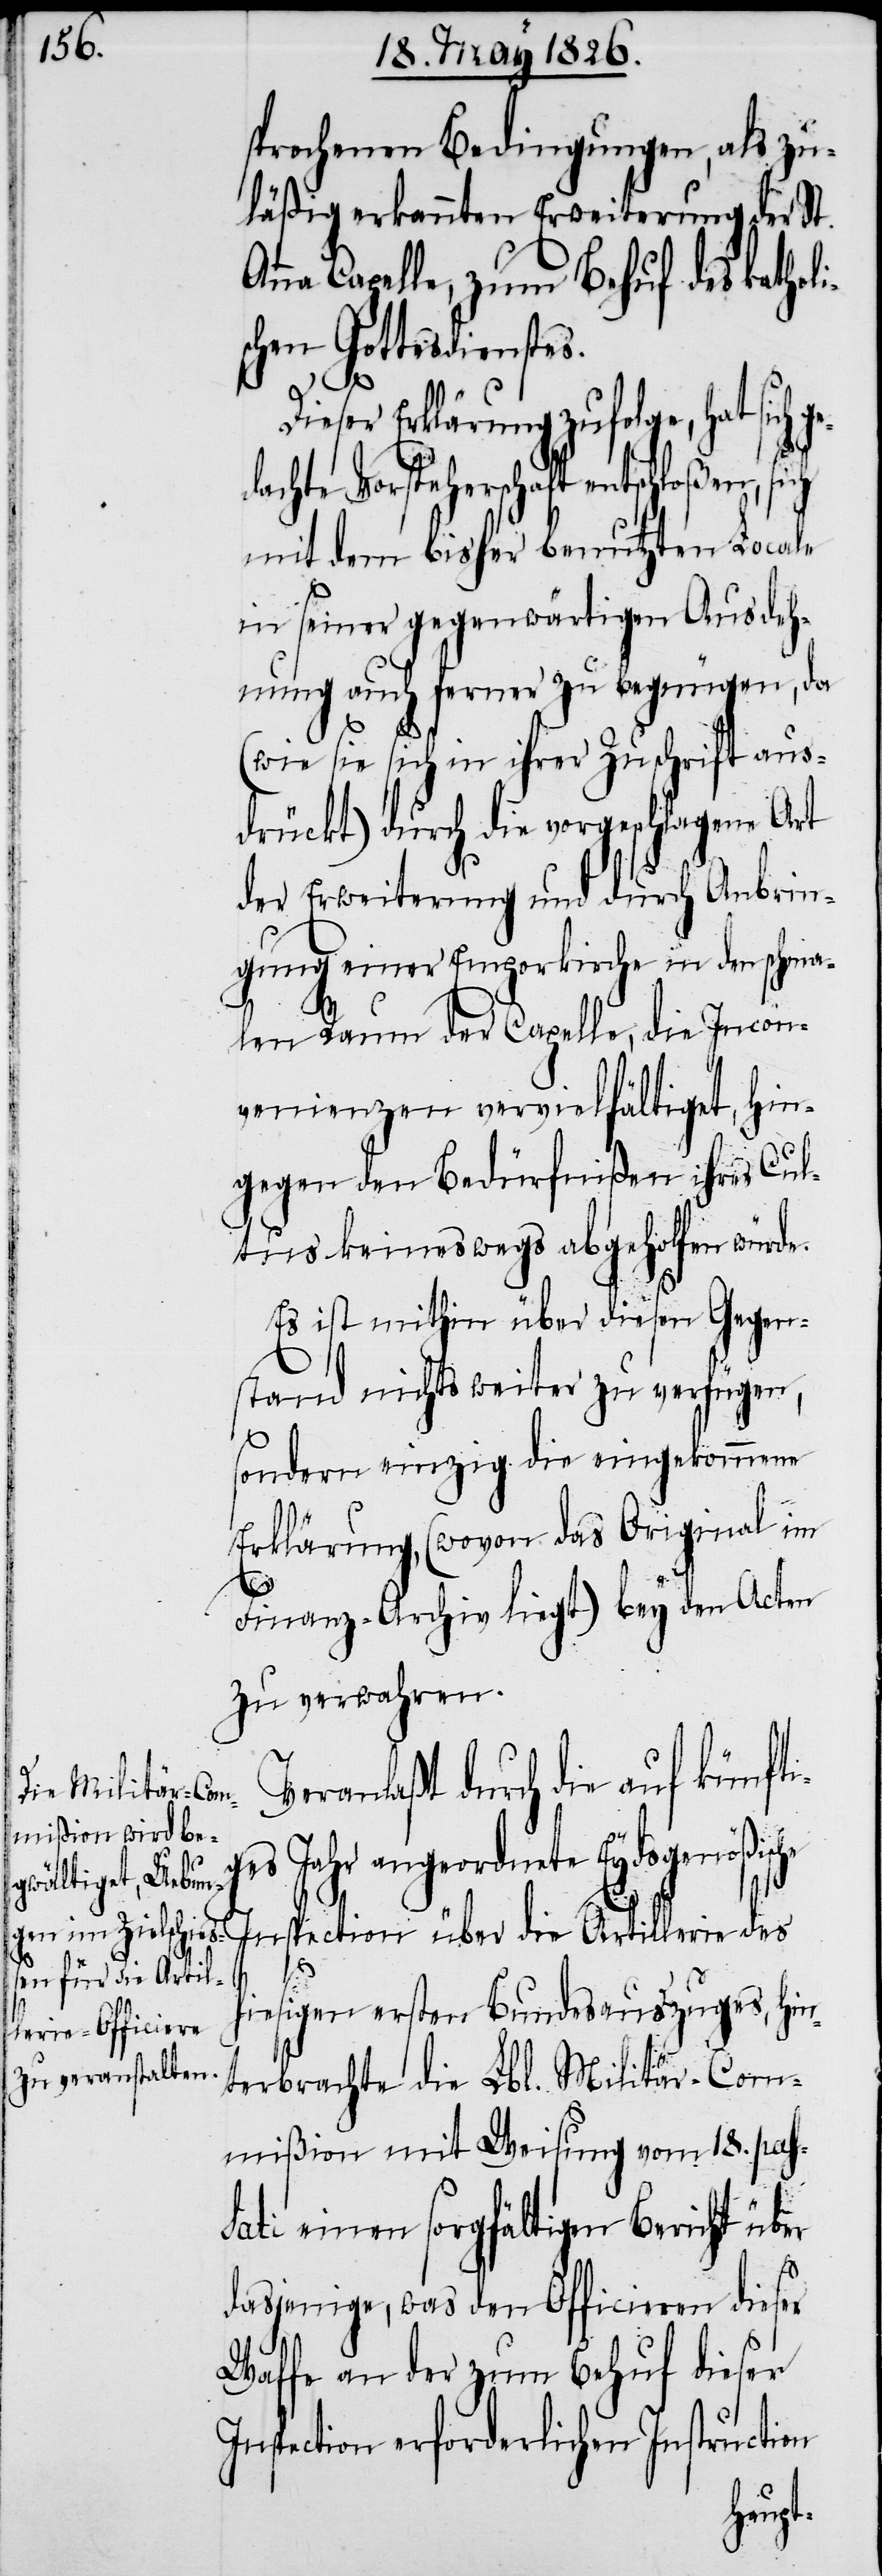
sprochenen Bedingungen, als zu¬
läßig erkannten Erweiterung der St.
na Capelle, zum Behuf des kathol¬
schen Gottesdienstes.
Dieser Erklärung zufolge, hat sich
achte Vorsteherschaft entschloßen,
mit dem bisher benutzten Locale
in seiner gegenwärtigen Ausdeh¬
nung auch ferner zu begnügen, da
(wie sie sich in ihrer Zuschrift aus¬
drückt) durch die vorgeschlagene Art
der Erweiterung und durch Anbrin¬
gung einer Emporkirche in den schma¬
len Raum der Capelle, die Incon¬
venienzen vervielfältiget, hin¬
gegen den Bedürfnißen ihres Cul¬
tus keineswegs abgeholfen würde.
Es ist mithin über diesen Gegen¬
stand nichts weiter zu verfügen,
s¬
ondern einzig die eingekommene
Erklärung, (wovon das Original im
ged¬
Finanz-Archiv liegt) bey den Acten
zu verwahren.
Veranlaßt durch die auf künftig¬
es Jahr angeordnete Eydsgenößische
spection über die Artillerie des
In¬
hiesigen ersten Bundesauszuges, hin¬
terbrachte die Lbl. Militär-Com¬
mißion mit Weisung vom 18. pass¬
ati einen sorgfältigen Bericht über
dasjenige, was den Officieren dieser
Waffe an der zum Behuf dieser
Inspection erforderlichen Instruction